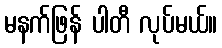
မနက်ဖြန် ပါတီ လုပ်မယ်။